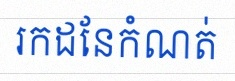
រកដែនកំណត់